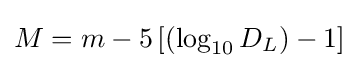
M=m-5\left[\left(\log _{10}{D_{L}}\right)-1\right]\!